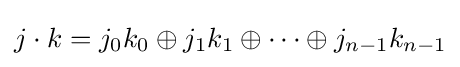
j\cdot k=j_{0}k_{0}\oplus j_{1}k_{1}\oplus \cdots \oplus j_{n-1}k_{n-1}